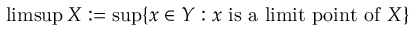
\operatorname* { l i m s u p } X : = \operatorname* { s u p } \{ x \in Y : x { \mathrm { ~ i s ~ a ~ l i m i t ~ p o i n t ~ o f ~ } } X \}